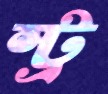
স্ট্র